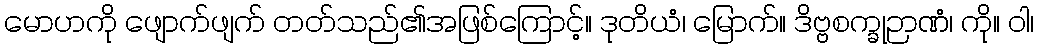
မောဟကို ဖျောက်ဖျက် တတ်သည်၏အဖြစ်ကြောင့်။ ဒုတိယံ၊ မြောက်။ ဒိဗ္ဗစက္ခုဉာဏံ၊ ကို။ ဝါ၊